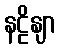
နဠိနျာ